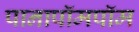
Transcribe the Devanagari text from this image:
पानापॉमपॉम